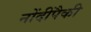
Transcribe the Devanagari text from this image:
नोंदींपैकी